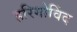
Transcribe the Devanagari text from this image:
हरिगोविंद